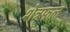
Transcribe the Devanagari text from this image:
शेत्रफल